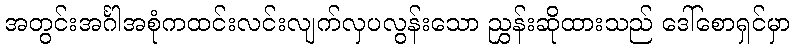
အတွင်းအင်္ဂါအစုံကထင်းလင်းလျက်လှပလွန်းသော ညွှန်းဆိုထားသည် ဒေါ်စောရှင်မှာ